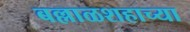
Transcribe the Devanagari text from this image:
बल्लाळशहाच्या